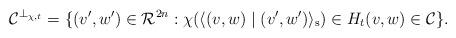
LaTeX: \begin{align*}\mathcal{C}^{\perp_{\chi,t}} = \{(v',w') \in \mathcal{R}^{2n}: \chi(\langle(v,w) \mid (v',w')\rangle_{\mathrm{s}}) \in H_t (v,w) \in \mathcal{C}\}.\end{align*}